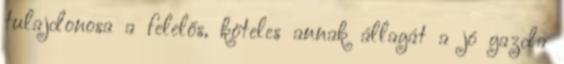
tulajdonosa a felelős, köteles annak állagát a jó gazda